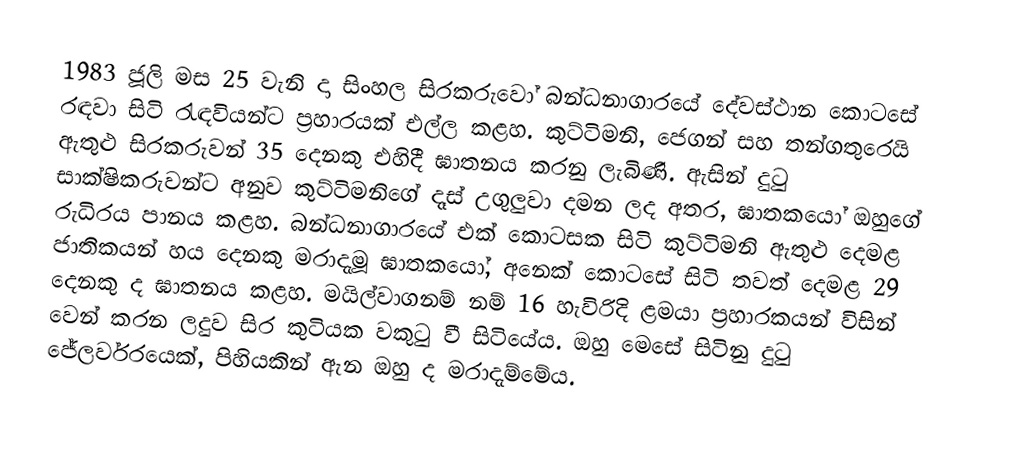
1983 ජූලි මස 25 වැනි දා සිංහල සිරකරුවෝ බන්ධනාගාරයේ දේවස්ථාන කොටසේ රඳවා සිටි රැඳවියන්ට ප්‍ර‍හාරයක් එල්ල කළහ. කුට්ටිමනි, ජෙගන් සහ තන්ගතුරෙයි ඇතුළු සිරකරුවන් 35 දෙනකු එහිදී ඝාතනය කරනු ලැබිණි. ඇසින් දුටු සාක්ෂිකරුවන්ට අනුව කුට්ටිමනිගේ දෑස් උ‍ගුලුවා දමන ලද අතර, ඝාතකයෝ ඔහුගේ රුධිරය පානය කළහ. බන්ධනාගාරයේ එක් කොටසක සිටි කුට්ටිමනි ඇතුළු දෙමළ ජාතිකයන් හය දෙනකු මරාදැමූ ඝාතකයෝ, අනෙක් කොටසේ සිටි තවත් දෙමළ 29 දෙනකු ද ඝාතනය කළහ. මයිල්වාගනම් නම් 16 හැවිරිදි ළමයා ප්‍ර‍හාරකයන් විසින් වෙන් කරන ලදුව සිර කුටියක වකුටු වී සිටියේය. ඔහු මෙසේ සිටිනු දුටු ජේලර්වරයෙක්, පිහියකින් ඇන ඔහු ද මරාදැම්මේය.